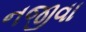
નજીવા